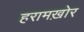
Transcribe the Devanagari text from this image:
हरामख़ोर